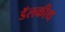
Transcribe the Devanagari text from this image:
डॅलकीथ